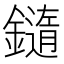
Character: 䥦